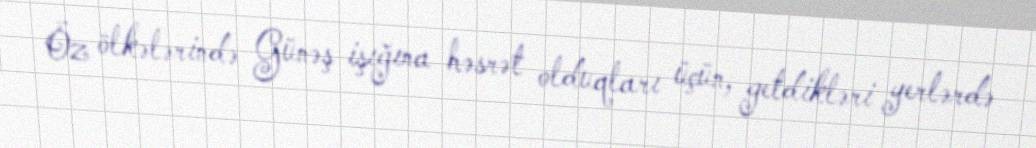
Öz ölkələrində Günəş işığına həsrət olduqları üçün, getdikləri yerlərdə